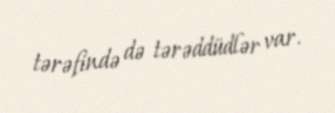
tərəfində də tərəddüdlər var.